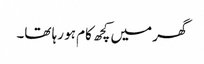
گھر میں کچھ کام ہو رہا تھا۔